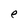
Character: e